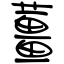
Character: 薑